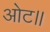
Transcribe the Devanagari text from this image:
ओट॥